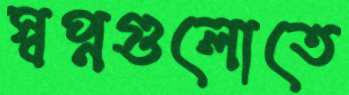
স্বপ্নগুলোতে